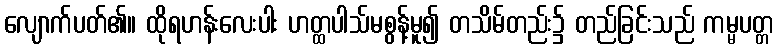
လျောက်ပတ်၏။ ထိုရဟန်းလေးပါး ဟတ္ထပါသ်မစွန့်မူ၍ တသိမ်တည်း၌ တည်ခြင်းသည် ကမ္မပတ္တ